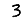
Digit: 3